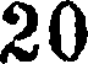
20